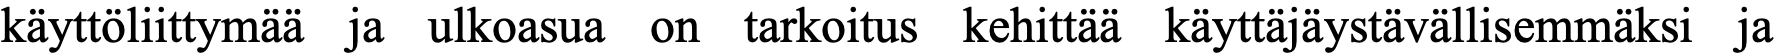
käyttöliittymää ja ulkoasua on tarkoitus kehittää käyttäjäystävällisemmäksi ja